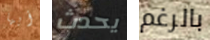
أيها يحدث بالرغم